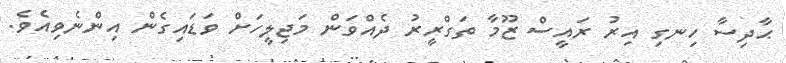
ޙާދިސާ ހިނގި އިރު ރައީސް ޒޫމާ ތަގްރީރު ދެއްވަން މަޖިލީހަށް ވަޑައިގެން އިންނެވިއެވެ.